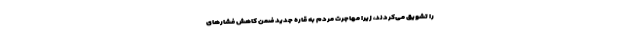
را تشویق می‌کردند، زیرا مهاجرت مردم به قاره جدید ضمن کاهش فشارهای